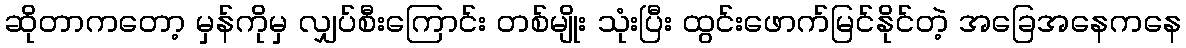
ဆိုတာကတော့ မှန်ကိုမှ လျှပ်စီးကြောင်း တစ်မျိုး သုံးပြီး ထွင်းဖောက်မြင်နိုင်တဲ့ အခြေအနေကနေ